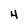
Character: 4